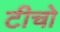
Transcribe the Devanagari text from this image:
टीचो